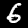
Label: 6